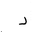
Letter: _dal